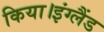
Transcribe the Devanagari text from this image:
किया।इंग्लैंड